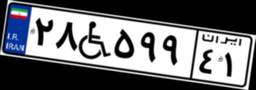
۲۸W۵۹۹۴۱